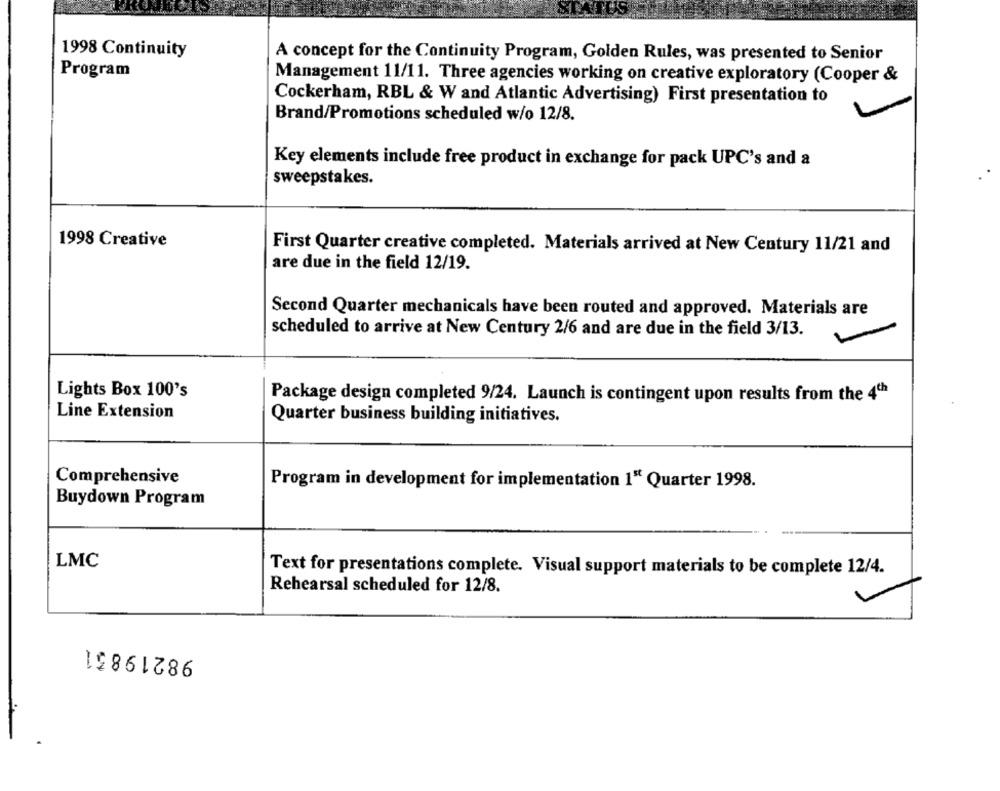
1998 Continuity
A concept for the Continuity Program, Golden Rules, was presented to Senior
Program
Management 11/11. Three agencies working on creative exploratory (Cooper &
Cockerham, RBL & W and Atlantic Advertising) First presentation to
Brand/Promotions scheduled w/o 12/8.
Key elements include free product in exchange for pack UPC's and a
sweepstakes.
1998 Creative
First Quarter creative completed. Materials arrived at New Century 11/21 and
are due in the field 12/19.
Second Quarter mechanicals have been routed and approved. Materials are
scheduled to arrive at New Century 2/6 and are due in the field 3/13.
Lights Box 100's
Package design completed 9/24. Launch is contingent upon results from the 4th
Line Extension
Quarter business building initiatives.
Comprehensive
Program in development for implementation 1" Quarter 1998.
Buydown Program
LMC
Text for presentations complete. Visual support materials to be complete 12/4.
Rehearsal scheduled for 12/8.
98219831